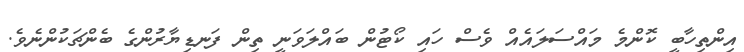
އިންތިހާބީ ކޮންމެ މައްސަލައެއް ވެސް ހައި ކޯޓުން ބައްލަވަނީ ތިން ފަނޑިޔާރުންގެ ބެންޗަކުންނެވެ.